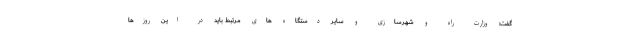
گفت: وزارت راه و شهرسازی و سایر دستگاه های مرتبط باید در این روزها